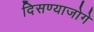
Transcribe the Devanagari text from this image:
दिसण्याजोगे